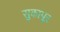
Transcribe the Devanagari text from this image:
सुकापूर